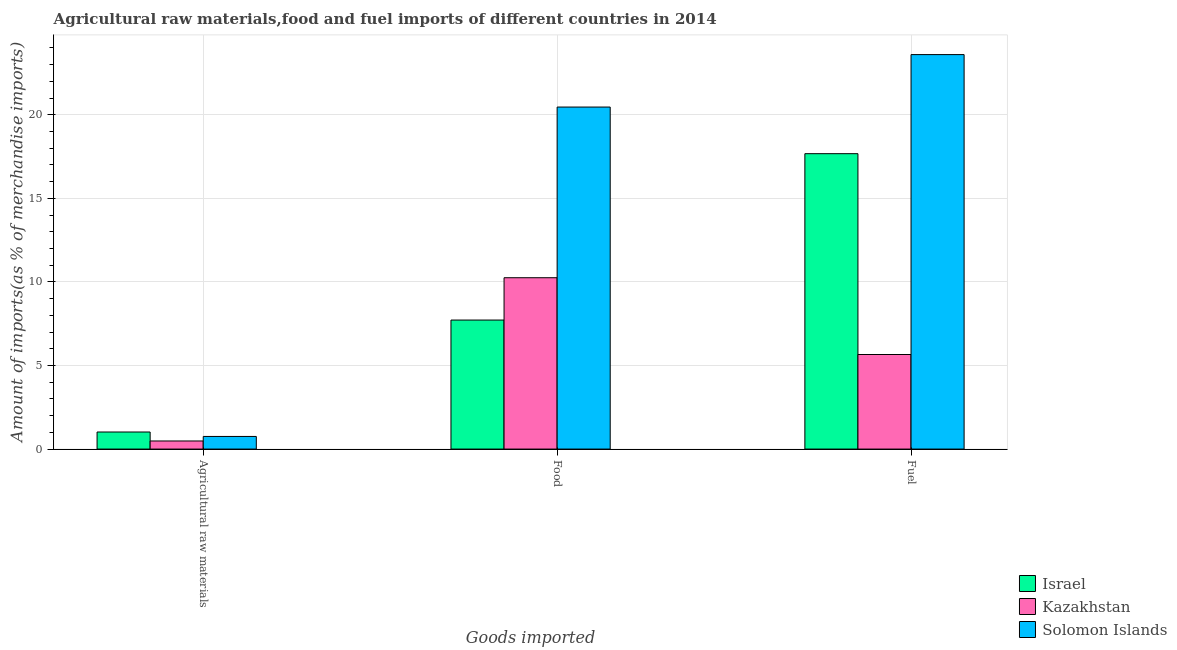
| Goods imported | Israel | Kazakhstan | Solomon Islands |
 | --- | --- | --- | --- |
 | Agricultural raw materials | 1.02 | 0.484 | 0.756 |
 | Food | 7.72 | 10.3 | 20.5 |
 | Fuel | 17.7 | 5.66 | 23.6 |